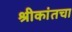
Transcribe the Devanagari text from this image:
श्रीकांतचा